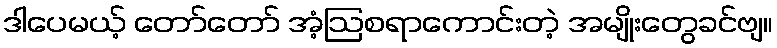
ဒါပေမယ့် တော်တော် အံ့ဩစရာကောင်းတဲ့ အမျိုးတွေခင်ဗျ။